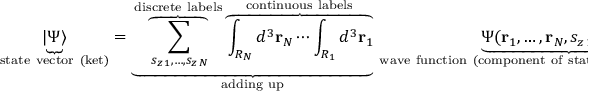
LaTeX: \underbrace { | \Psi \rangle } _ { \mathrm { s t a t e ~ v e c t o r ~ ( k e t ) } } = \underbrace { \overbrace { \sum _ { s _ { z \, 1 } , \ldots , s _ { z \, N } } } ^ { \mathrm { d i s c r e t e ~ l a b e l s } } \overbrace { \int _ { R _ { N } } d ^ { 3 } \mathbf { r } _ { N } \cdots \int _ { R _ { 1 } } d ^ { 3 } \mathbf { r } _ { 1 } } ^ { \mathrm { c o n t i n u o u s ~ l a b e l s } } } _ { \mathrm { a d d i n g ~ u p } } \, \underbrace { { \Psi } ( \mathbf { r } _ { 1 } , \ldots , \mathbf { r } _ { N } , s _ { z \, 1 } , \ldots , s _ { z \, N } ) } _ { \mathrm { w a v e ~ f u n c t i o n ~ ( c o m p o n e n t ~ o f ~ s t a t e ~ v e c t o r ~ a l o n g ~ b a s i s ~ s t a t e ) } } \underbrace { | \mathbf { r } _ { 1 } , \ldots , \mathbf { r } _ { N } , s _ { z \, 1 } , \ldots , s _ { z \, N } \rangle } _ { \mathrm { b a s i s ~ s t a t e ~ ( b a s i s ~ k e t ) } } \, .